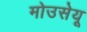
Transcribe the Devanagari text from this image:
मोउसेयू